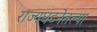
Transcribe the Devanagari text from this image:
राज्यघटनेतल्या